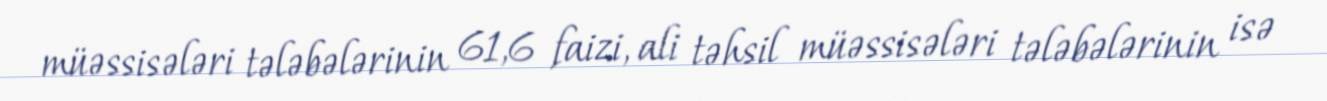
müəssisələri tələbələrinin 61,6 faizi, ali təhsil müəssisələri tələbələrinin isə